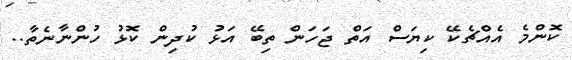
ކޮންމެ އެއްޗެކޭ ކިޔަސް އަތް ޖަހަން ތިބޭ އަޅު ކުދިން ކޮޅު ހުންނާނެތާ..